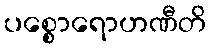
ပစ္စောရောဟဏီတိ